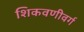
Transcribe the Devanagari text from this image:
शिकवणीवर्ग